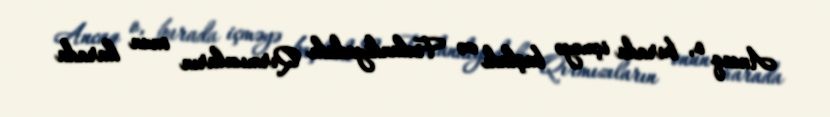
Ancaq o, burada içməyə başladı və Finlandiyadakı Qırmızıların onun harada